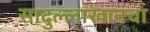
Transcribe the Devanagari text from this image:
सादुल्लाखानचा